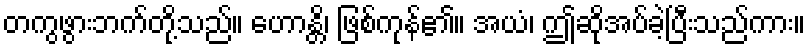
တကွဖွားဘက်တို့သည်။ ဟောန္တိ၊ ဖြစ်ကုန်၏။ အယံ၊ ဤဆိုအပ်ခဲ့ပြီးသည်ကား။